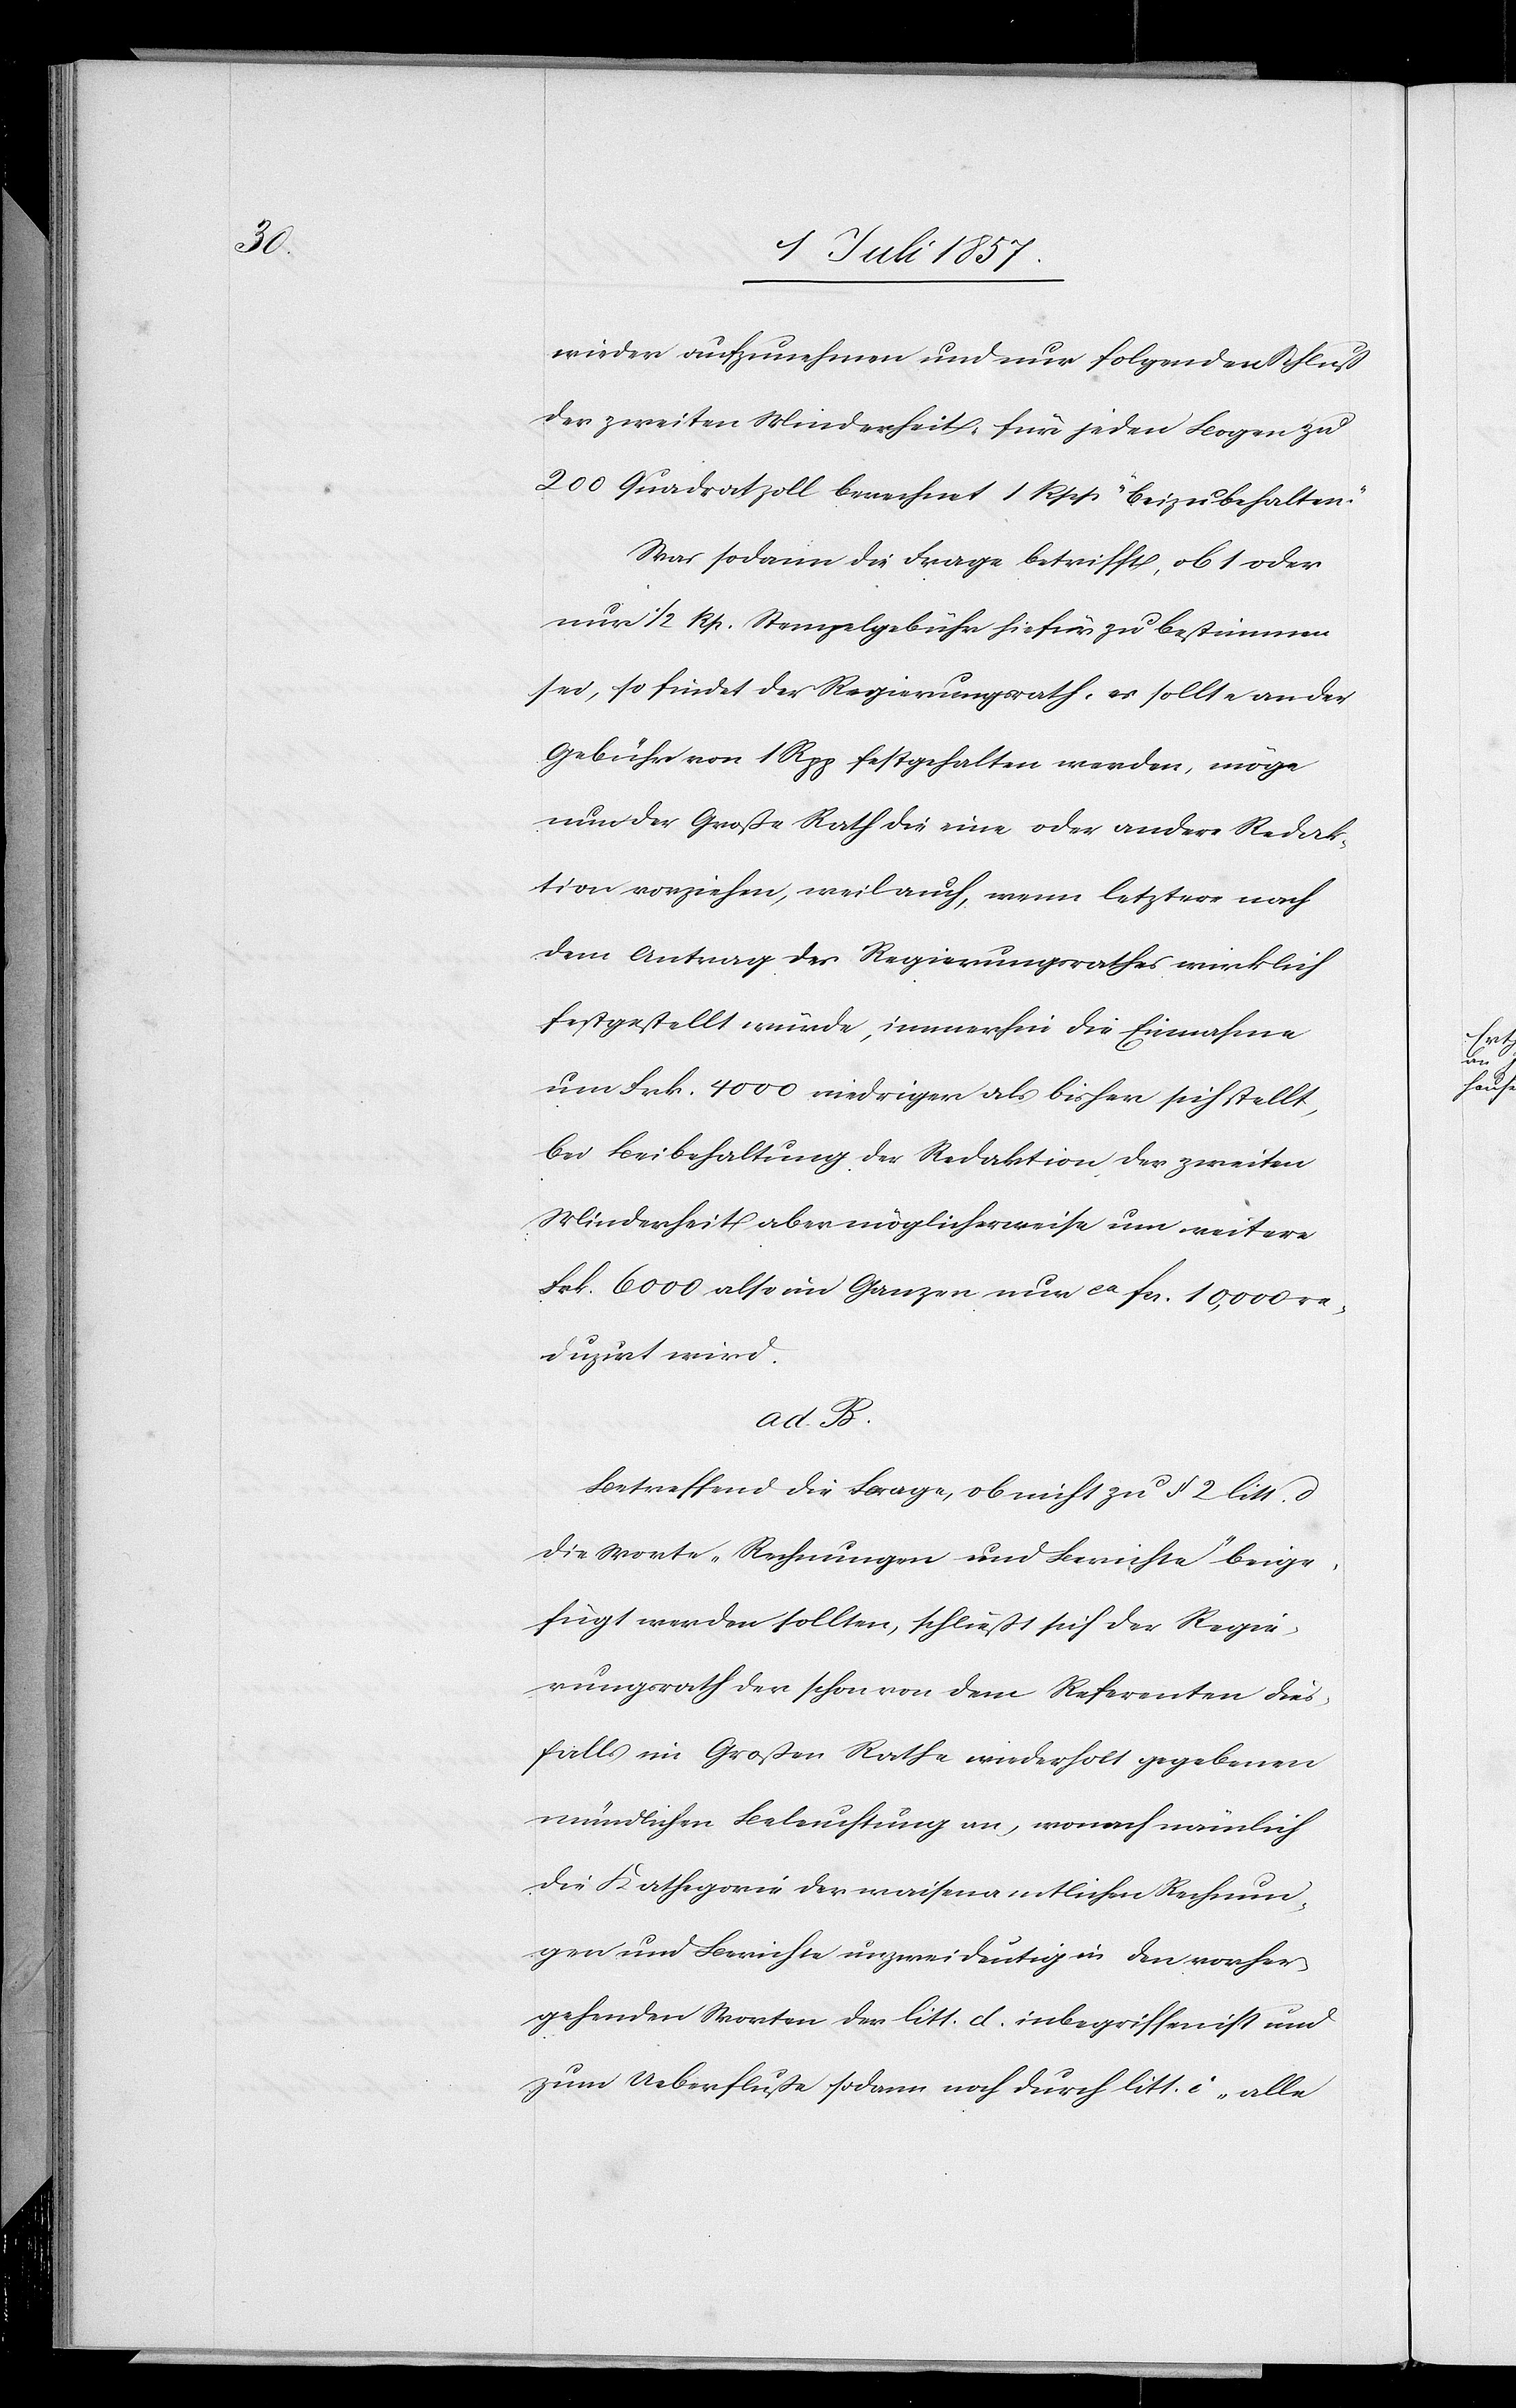
wieder aufzunehmen und nur folgenden Schluß
der zweiten Minderheit: für jeden Bogen zu
200 Quadratzoll berechnet 1 Rpp. „beizubehalten.“
Was sodann die Frage betrifft, ob 1 oder
nur 1/2 Rp. Stempelgebühr hiefür zu bestimmen
sei, so findet der Regierungsrath, es sollte an der
Gebühr von 1 Rpp. festgehalten werden, möge
nun der Große Rath die eine oder andere Redak¬
tion vorziehen, weil auch, wenn letztere nach
dem Antrag des Regierungsrathes wirklich
festgestellt würde, immerhin die Einnahme
von Frk. 4 000 niedriger als bisher sich stellt,
bei Beibehaltung der Redaktion der zweiten
Minderheit aber möglicherweise um weitere
Frk. 6 000 also im Ganzen nur ca fcs. 10,000 re¬
duzirt wird.
ad. B.
Betreffend die Frage, ob nicht zu § 2 litt d
die Worte „Rechnungen und Berichte“ beige¬
fügt werden sollten, schließt sich der Regie¬
rungsrath der schon von dem Referenten dies¬
falls im Großen Rathe wiederholt gegebenen
mündlichen Beleuchtung an, wonach nämlich
die Kathegorie der waisenamtlichen Rechnun¬
gen und Berichte unzweideutig in den vorher¬
gehenden Worten der litt. d. inbegriffen ist und
zum Ueberflusse sodann noch durch litt i „alle